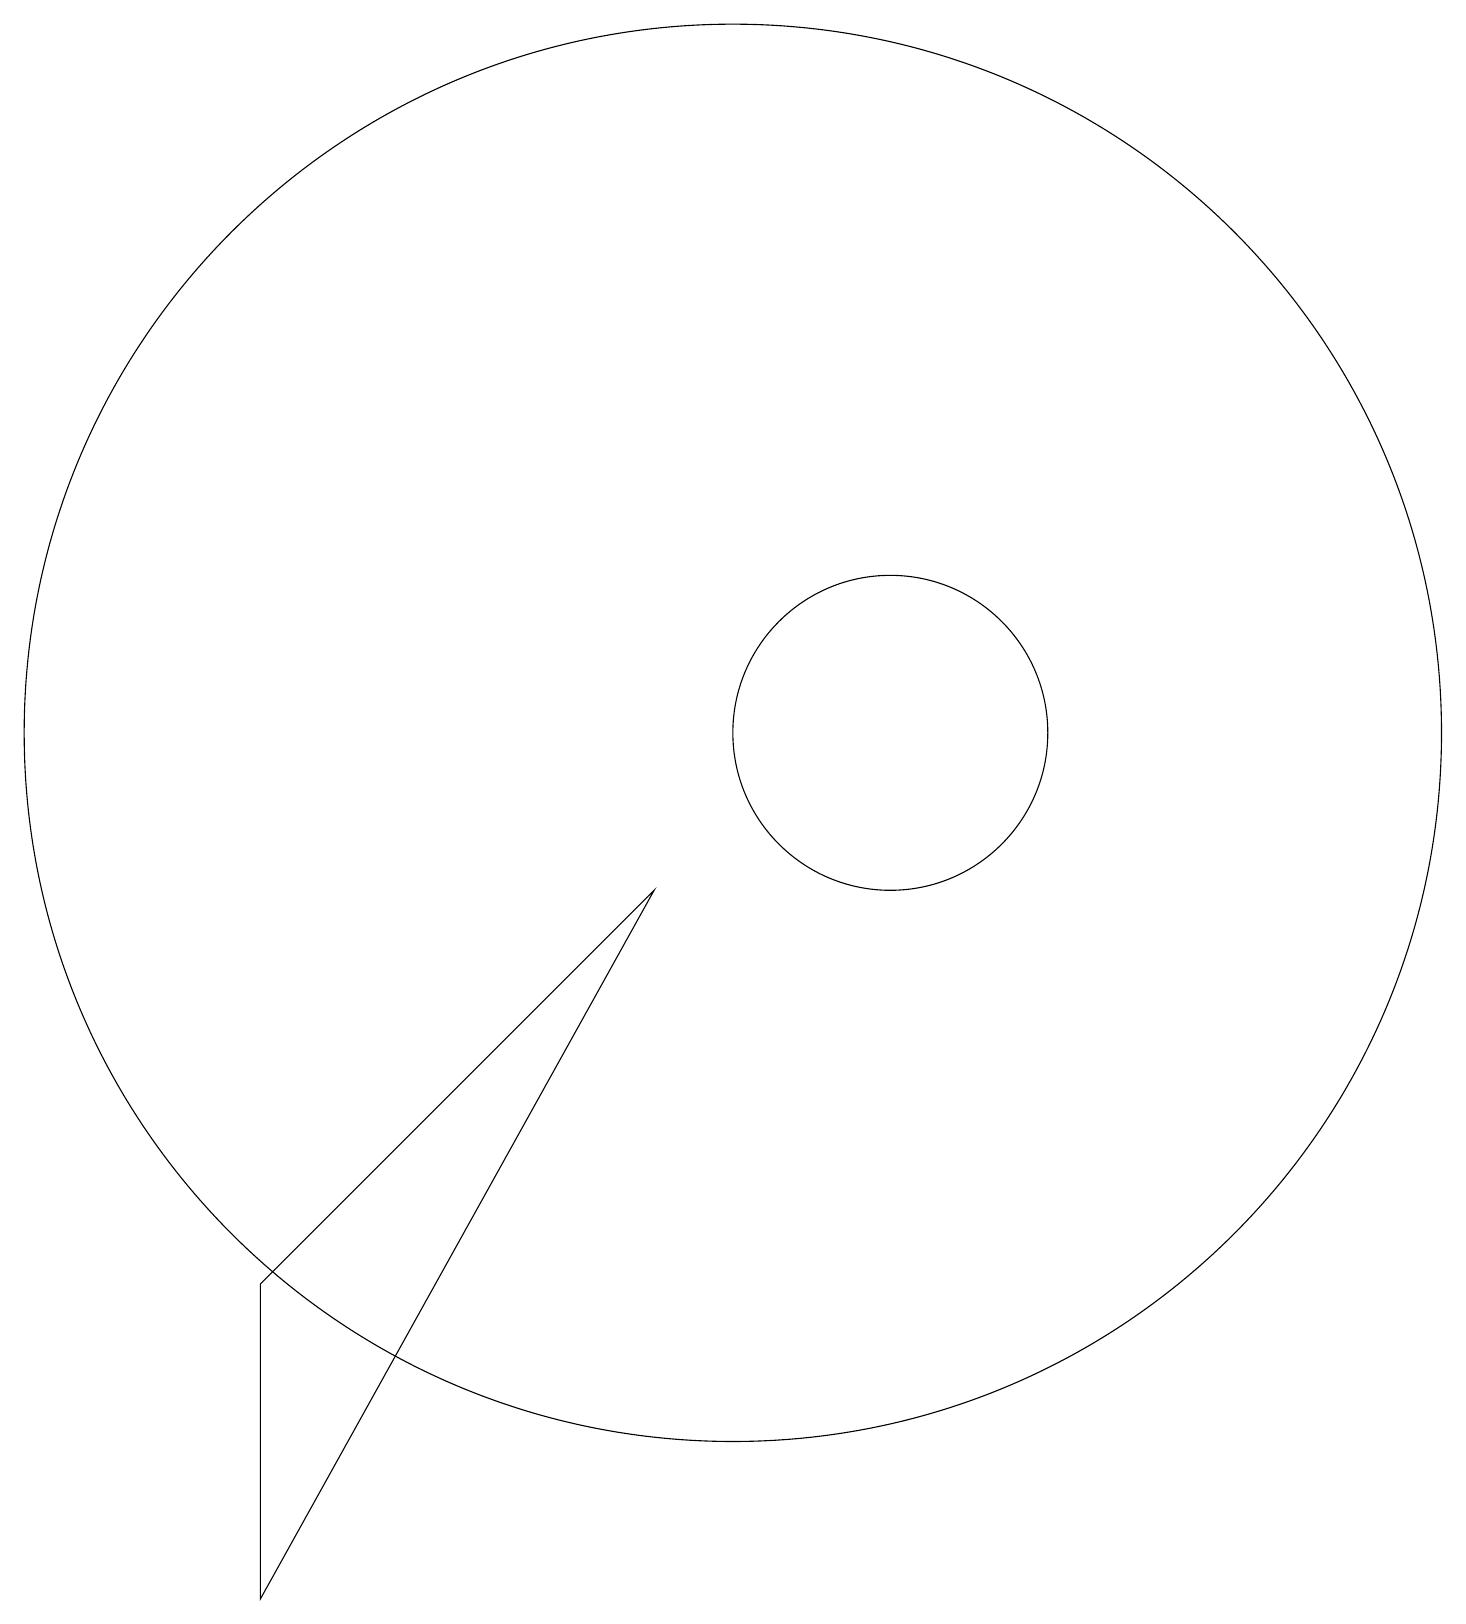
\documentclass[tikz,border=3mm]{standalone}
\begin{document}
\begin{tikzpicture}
\draw (9,9) -- (4,0) -- (4,4) -- cycle;
\draw (10,11) circle (9);
\draw (12,11) circle (2);
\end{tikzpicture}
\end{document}